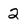
Character: 2